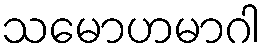
သမောဟမာဂါ